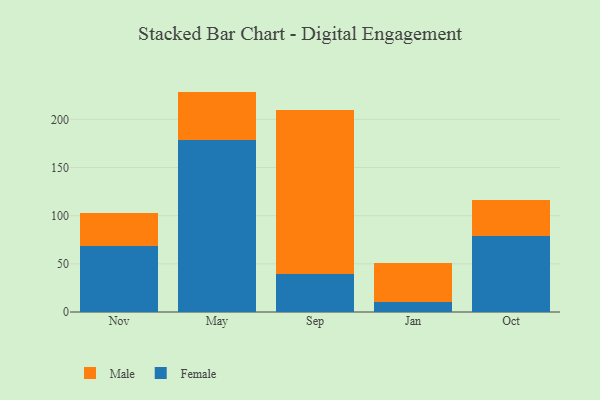
{"axis": {"x": "Month", "y": "Population (Million)"}, "legend": ["Female", "Male"], "data": [{"x": "Nov", "y": 68.3, "type": "Female"}, {"x": "Nov", "y": 34.4, "type": "Male"}, {"x": "May", "y": 178.1, "type": "Female"}, {"x": "May", "y": 50.7, "type": "Male"}, {"x": "Sep", "y": 39.7, "type": "Female"}, {"x": "Sep", "y": 169.6, "type": "Male"}, {"x": "Jan", "y": 10.3, "type": "Female"}, {"x": "Jan", "y": 40.5, "type": "Male"}, {"x": "Oct", "y": 78.5, "type": "Female"}, {"x": "Oct", "y": 38.0, "type": "Male"}]}